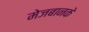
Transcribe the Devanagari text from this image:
मेजबानके